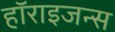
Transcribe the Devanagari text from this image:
हॉराइजन्स